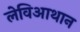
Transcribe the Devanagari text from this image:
लेविआथान